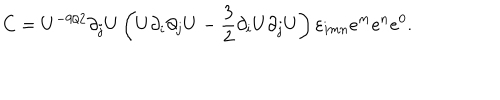
C = U ^ { - 9 / 2 } \partial _ { j } U \left( U \partial _ { i } \partial _ { j } U - { \frac { 3 } { 2 } } \partial _ { i } U \partial _ { j } U \right) \varepsilon _ { i m n } e ^ { m } e ^ { n } e ^ { 0 } .